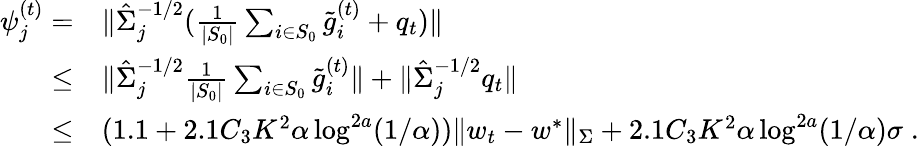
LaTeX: \begin{array}{rl}{\psi_{j}^{(t)}=}&{\| \hat{\Sigma}_{j}^{-1/2}(\frac{1}{|S_{0}|}\sum_{i\in S_{0}}\tilde{g}_{i}^{(t)}+q_{t})\| }\\ {\leq}&{\| \hat{\Sigma}_{j}^{-1/2}\frac{1}{|S_{0}|}\sum_{i\in S_{0}}\tilde{g}_{i}^{(t)}\| +\| \hat{\Sigma}_{j}^{-1/2}q_{t}\| }\\ {\leq}&{(1.1+2.1C_{3}K^{2}\alpha\log^{2a}(1/\alpha))\| w_{t}-w^{*}\| _{\Sigma}+2.1C_{3}K^{2}\alpha\log^{2a}(1/\alpha)\sigma\; .}\end{array}